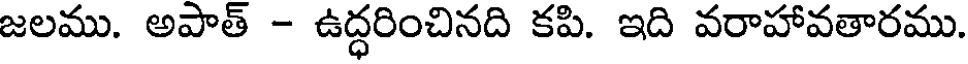
జలము. అపాత్ - ఉద్ధరించినది కపి. ఇది వరాహావతారము.